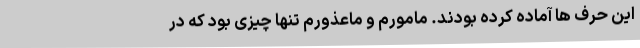
این حرف ها آماده کرده بودند. مامورم و ماعذورم تنها چیزی بود که در